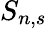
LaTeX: S_{n,s}